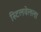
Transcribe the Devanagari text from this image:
स्टिलवेलला